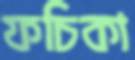
ফচিকা